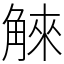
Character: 䚞